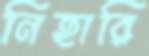
নিহারি